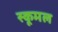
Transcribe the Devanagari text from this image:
स्कूमल